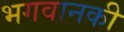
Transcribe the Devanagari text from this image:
भगवानकी